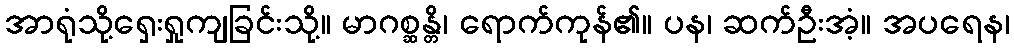
အာရုံသို့ရှေးရှုကျခြင်းသို့။ မာဂစ္ဆန္တိ၊ ရောက်ကုန်၏။ ပန၊ ဆက်ဦးအံ့။ အပရေန၊